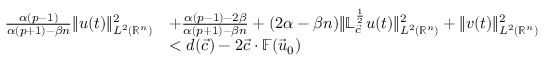
\begin{array} { r l } { \frac { \alpha ( p - 1 ) } { \alpha ( p + 1 ) - \beta n } \| u ( t ) \| _ { L ^ { 2 } ( { \mathbb { R } ^ { n } } ) } ^ { 2 } } & { + \frac { \alpha ( p - 1 ) - 2 \beta } { \alpha ( p + 1 ) - \beta n } + ( 2 \alpha - \beta n ) \| \mathbb { L } _ { \vec { c } } ^ { \frac 1 2 } u ( t ) \| _ { L ^ { 2 } ( { \mathbb { R } ^ { n } } ) } ^ { 2 } + \| v ( t ) \| _ { L ^ { 2 } ( { \mathbb { R } ^ { n } } ) } ^ { 2 } } \\ & { < d ( { \vec { c } } ) - 2 { \vec { c } } \cdot \mathbb { F } ( \vec { u } _ { 0 } ) } \end{array}